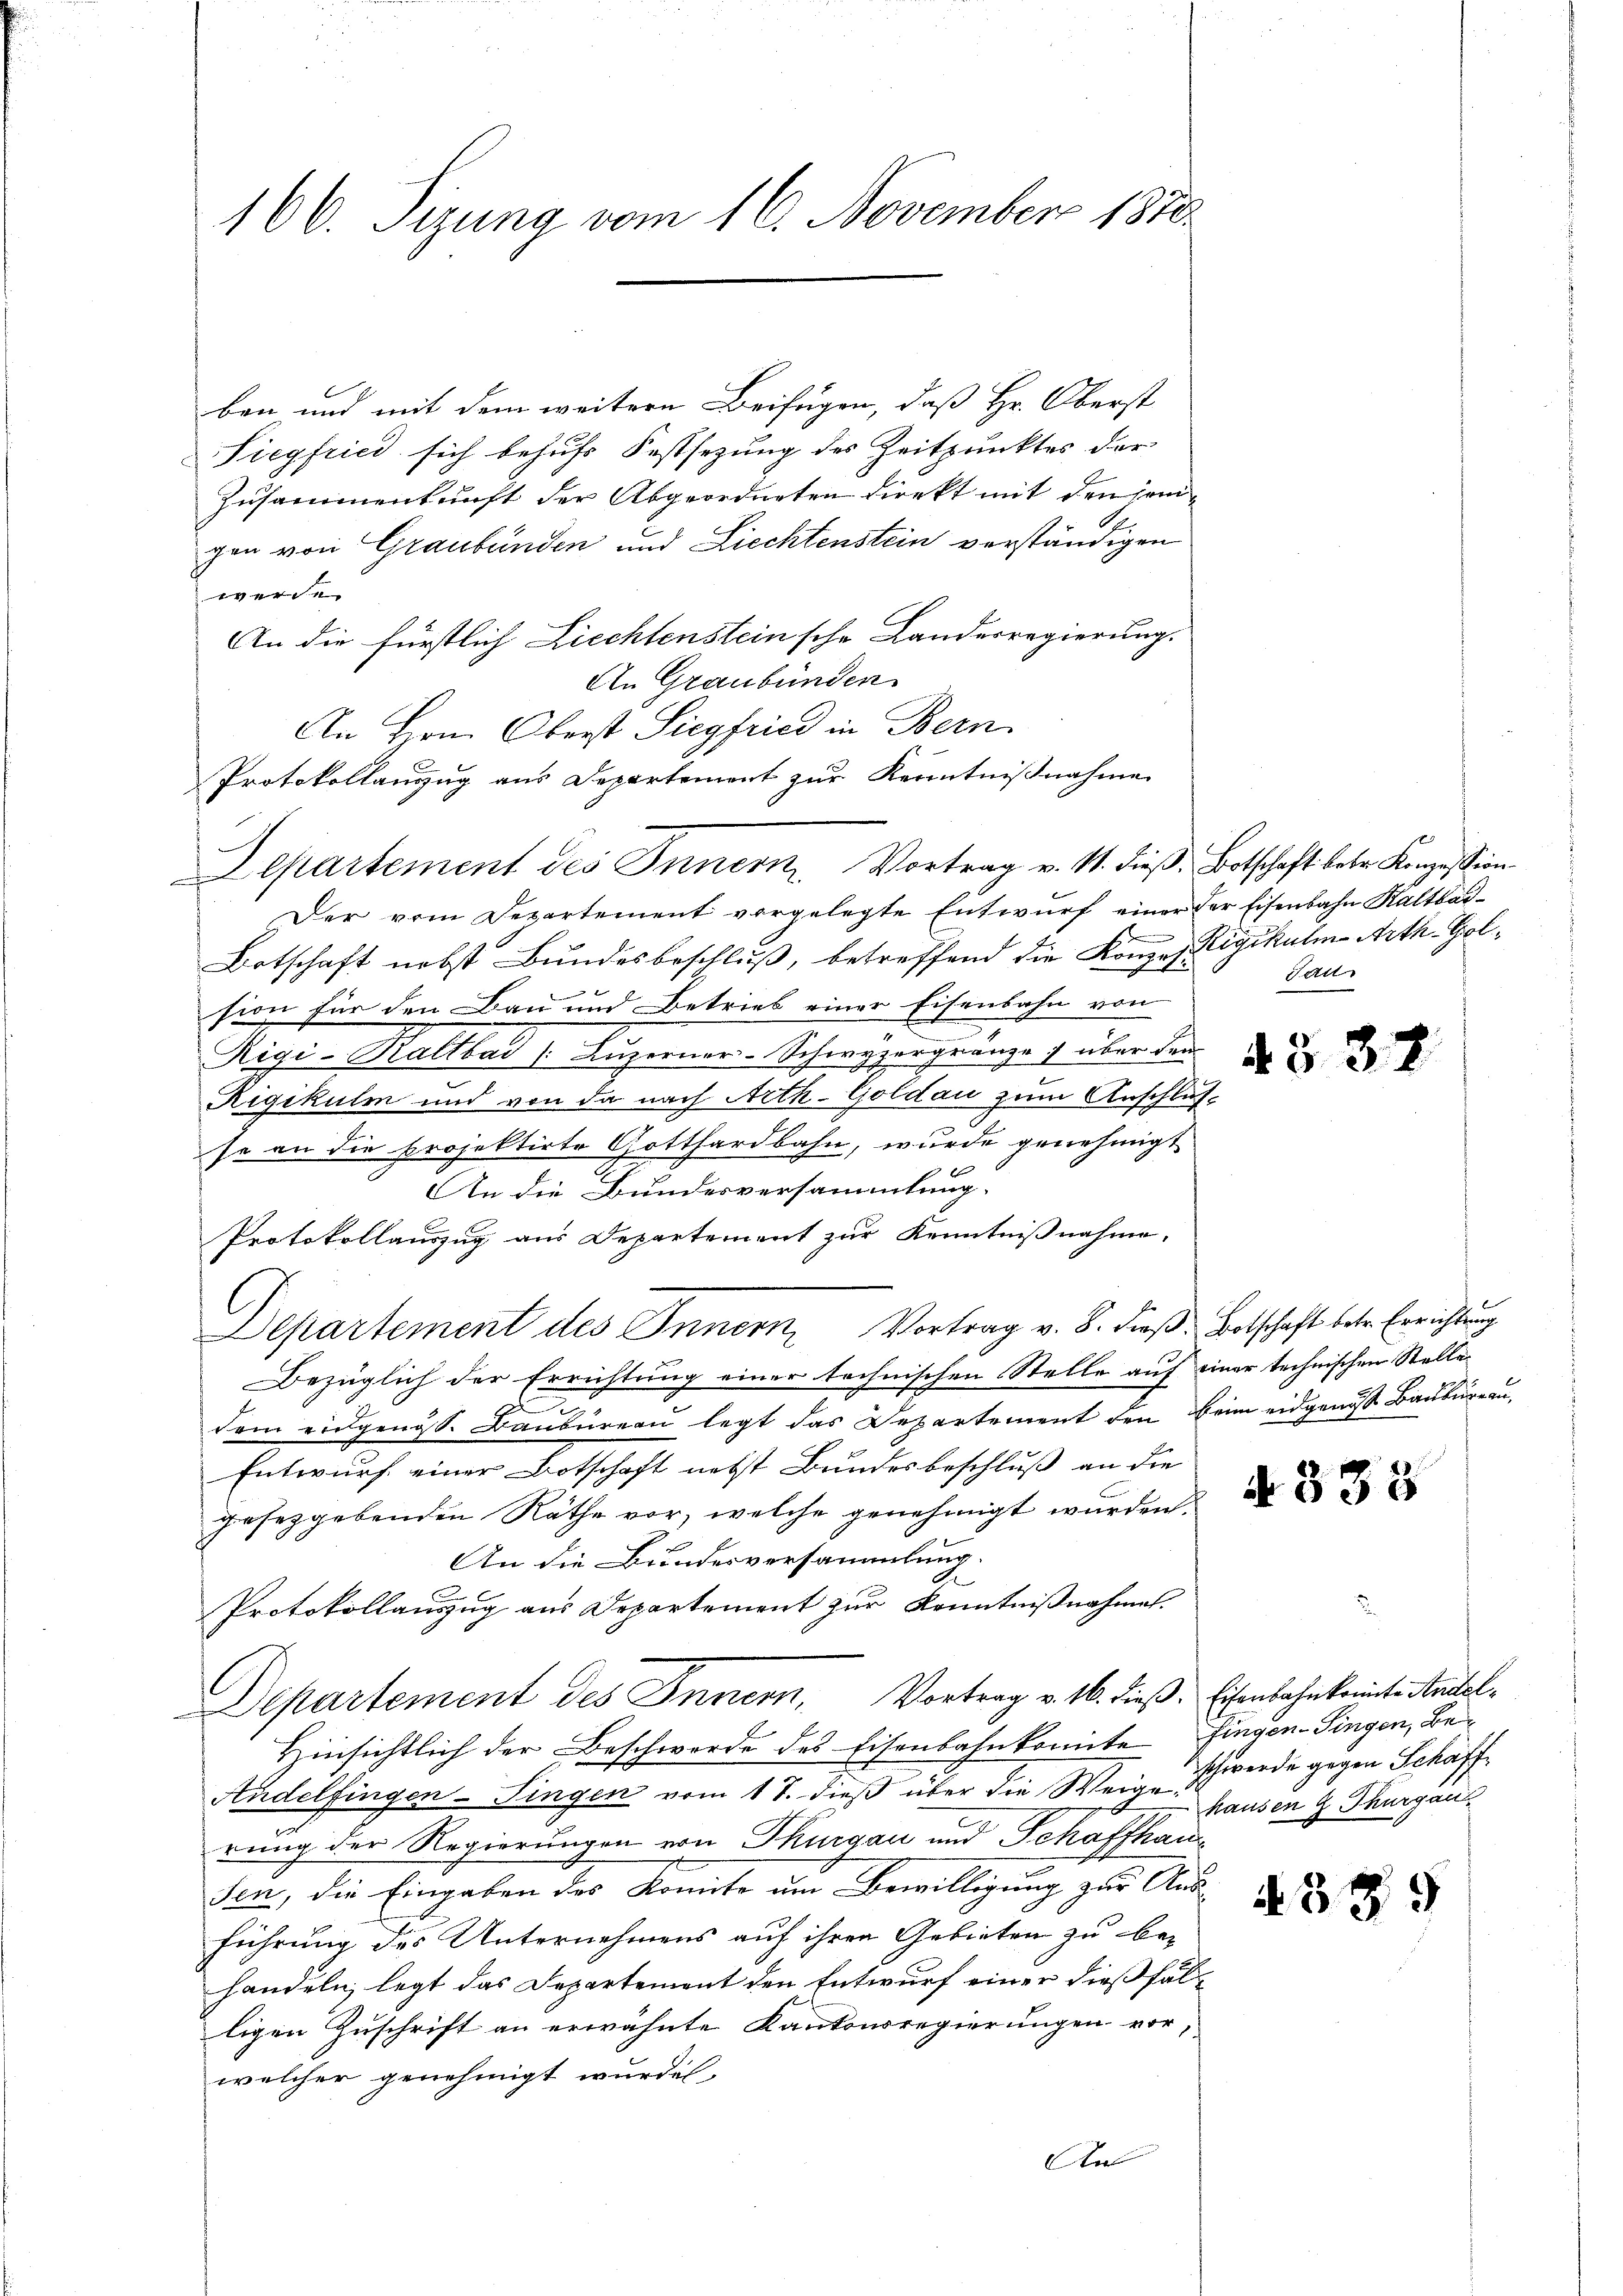
166. Sizung vom 16. November 1870.

ben und mit dem weitere Beifügen, daß Hr. Oberst
Siegfried sich behufs Festsezung des Zeitpunktes der
Zusammenkunft der Abgeordneten direkt mit denjenigen von Graubünden und Liechtenstein verständigen
werde.
An die Fürstlich Liechtensteinsche Landesregierung.
An Graubünden.
An Hrn. Oberst Siegfried in Bern
Protokollanzug aus Departement zur Kenntnißnahme
Der vom Departement vorgelegte Entwurf einer der Eisenbahn Kaltbar-
f
Botschaft nebst Bundesbeschluß, betreffend die Konzes Rigikulm Arth-Golsion für den Bau und Betrieb einer Eisenbahn von
Rigi-Kaltbar (Luzerner-Schwyzergränze über den
Rigikulm und von da nach Arth-Goldau zum Anschluß-
se an die Projektirte Gotthardbahn, wurde genehmigt
An die Bundesversammlung.
Protokollauszug aus Departement zur Kenntnißnahme.
Departement des Innern, Vortrag v. 8. dieß: Botschaft betr. Errichtung
schen Stelle auf einer technischen Stellen
Bezüglich der Errichtung einer technis
dem eidgenöss. Baubureau legt das Departement den beim eidgenos Baubureau,
Entwurf einer Botschaft nebst Bundesbeschluß an die
gesezgebenden Räthe vor, welche genehmigt wurden.
An die Bundesversammlung.
t
Protokollauszug aus Departement zur Kenntnißnahmen.
Departement des Innern, Vortrag v. 16. dieß. Eisenbahnkommte Anstel¬
Hinsichtlich der Beschwerde des Eisenbahnkomite fingen-Singen, Be-
Andelfingen-Singen vom 17. dieß über die Weige Schwerde gegen Schaffrung der Regierungen von Thurgau und Schaffhau
sen, die Eingaben der Komite um Bewilligung zur Aus-
führung des Unternehmens auf ihren Gebieten zu behandeln, legt das Departement den Entwurf einer dießfälligen Zuschrift an erwähnte Kantonsregierungen vor,
welcher genehmigt wurde.
An

Departement des Innern Vortrag v. 11. dieß: Botschaft betr. Konzession

Bau

4 § 37

d 338

hausen z. Thurgau

4389